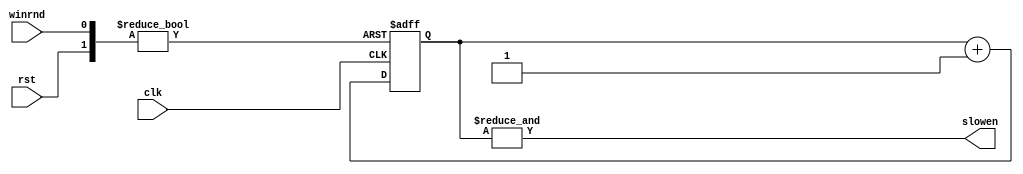
module div256(clk, rst, winrnd, slowen);

	input wire clk;
	input wire rst;
	input wire winrnd;
	output wire slowen;
	reg [7:0] state;
	
	always@(posedge clk or posedge rst or posedge winrnd)
	begin
		if(rst) state <= 0;
		else if(winrnd) state <= 0;
		else state <= state + 1'b1;
	end	

	assign slowen = &state;
	
endmodule